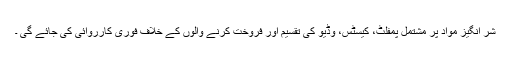
شر انگیز مواد پر مشتمل پمفلٹ، کیسٹس، وڈیو کی تقسیم اور فروخت کرنے والوں کے خلاف فوری کارروائی کی جائے گی ۔